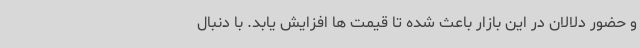
و حضور دلالان در این بازار باعث شده تا قیمت ها افزایش یابد. با دنبال